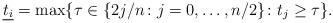
LaTeX: \begin{align*}\underline {t_i}=\max\{\tau\in\{2j/n\colon j=0, \ldots, n/2\}\colon t_j\geq \tau\}.\end{align*}